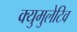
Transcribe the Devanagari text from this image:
क्युमुलेटिव